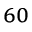
_ { 6 0 }